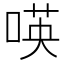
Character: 𠸄